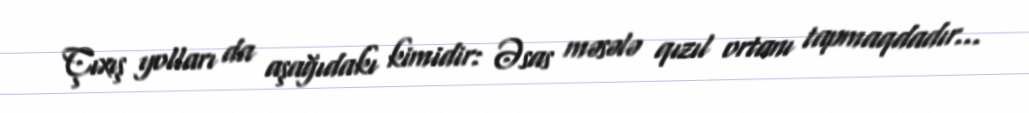
Çıxış yolları da aşağıdakı kimidir: Əsas məsələ qızıl ortanı tapmaqdadır...